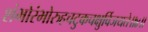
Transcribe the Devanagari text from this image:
शंभोरंभोरुहचटुकचक्षुर्विजयते॥४॥